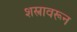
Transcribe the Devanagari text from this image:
शस्त्रावरून